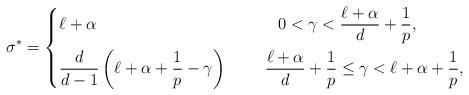
LaTeX: \begin{align*}\sigma^* = \begin{dcases}\ell + \alpha&\;\qquad0 < \gamma < \frac{\ell+\alpha}{d} + \frac{1}{p},\\\frac{d}{d-1} \left( \ell + \alpha + \frac{1}{p} - \gamma \right)&\;\quad\,\frac{\ell+\alpha}{d} + \frac{1}{p} \leq \gamma < \ell + \alpha + \frac{1}{p},\end{dcases}\end{align*}